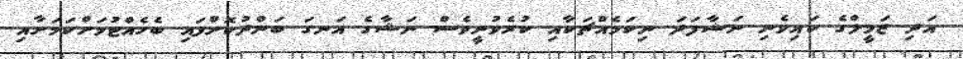
އަދި ޒަމީލްގެ ކައިވެނި ނަޝާފަދަ ނިކަމެއްޗަކާއި ކުރެވުނީވެސް ނަޝާގެ އަނގަ ބަންދުކޮށްފައި ބެހެއްޓުމަށްކަމަށާއި